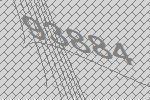
93884